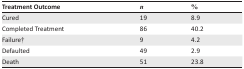
<table><thead><tr><td><b>Treatment Outcome</b></td><td><b><i>n</i></b></td><td><b>%</b></td></tr></thead><tbody><tr><td>Cured</td><td>19</td><td>8.9</td></tr><tr><td>Completed Treatment</td><td>86</td><td>40.2</td></tr><tr><td>Failure†</td><td>9</td><td>4.2</td></tr><tr><td>Defaulted</td><td>49</td><td>2.9</td></tr><tr><td>Death</td><td>51</td><td>23.8</td></tr></tbody></table>